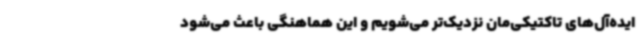
ایده‌آل‌های تاکتیکی‌مان نزدیک‌تر می‌شویم و این هماهنگی باعث می‌شود